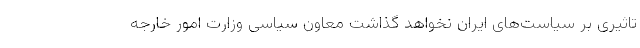
تاثیری بر سیاست‌های ایران نخواهد گذاشت معاون سیاسی وزارت امور خارجه